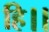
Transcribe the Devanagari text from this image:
हि।।